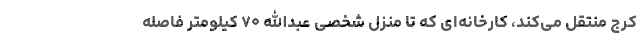
کرج منتقل می‌کند، کارخانه‌ای که تا منزل شخصی عبدالله ۷۰ کیلومتر فاصله